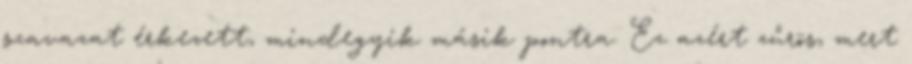
szavazat érkezett, mindegyik másik pontra. Ez azért zűrös, mert